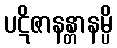
ပဋိဇာနန္တာနမ္ပိ